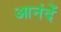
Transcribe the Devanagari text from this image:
आनंदें